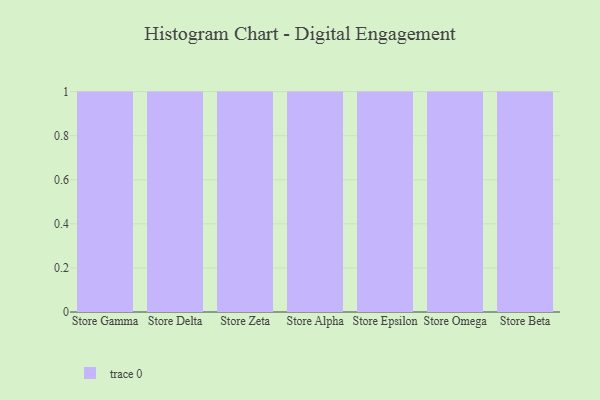
{"axis": {"x": "Store", "y": "Satisfaction Score"}, "legend": [""], "data": [{"x": "Store Gamma", "y": 59, "type": ""}, {"x": "Store Delta", "y": 17, "type": ""}, {"x": "Store Zeta", "y": 77, "type": ""}, {"x": "Store Alpha", "y": 91, "type": ""}, {"x": "Store Epsilon", "y": 69, "type": ""}, {"x": "Store Omega", "y": 57, "type": ""}, {"x": "Store Beta", "y": 93, "type": ""}]}